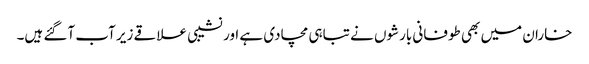
خاران میں بھی طوفانی بارشوں نے تباہی مچادی ہے اور نشیبی علاقے زیر آب آگئے ہیں۔